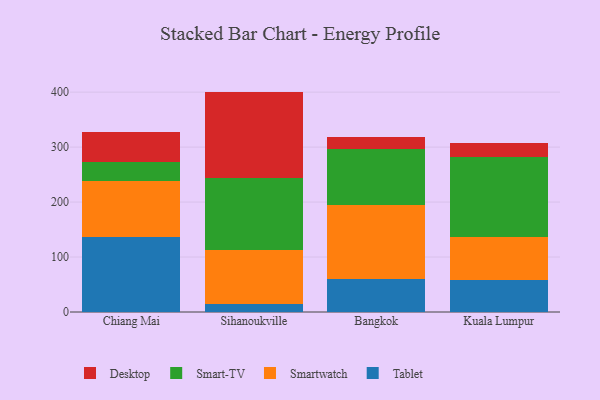
{"axis": {"x": "City", "y": "Customer Acquisition Cost (USD)"}, "legend": ["Desktop", "Smart-TV", "Smartwatch", "Tablet"], "data": [{"x": "Chiang Mai", "y": 137.1, "type": "Tablet"}, {"x": "Chiang Mai", "y": 101.7, "type": "Smartwatch"}, {"x": "Chiang Mai", "y": 33.7, "type": "Smart-TV"}, {"x": "Chiang Mai", "y": 55.7, "type": "Desktop"}, {"x": "Sihanoukville", "y": 14.9, "type": "Tablet"}, {"x": "Sihanoukville", "y": 97.3, "type": "Smartwatch"}, {"x": "Sihanoukville", "y": 132.3, "type": "Smart-TV"}, {"x": "Sihanoukville", "y": 156.5, "type": "Desktop"}, {"x": "Bangkok", "y": 60.7, "type": "Tablet"}, {"x": "Bangkok", "y": 134.4, "type": "Smartwatch"}, {"x": "Bangkok", "y": 100.8, "type": "Smart-TV"}, {"x": "Bangkok", "y": 22.9, "type": "Desktop"}, {"x": "Kuala Lumpur", "y": 58.4, "type": "Tablet"}, {"x": "Kuala Lumpur", "y": 77.7, "type": "Smartwatch"}, {"x": "Kuala Lumpur", "y": 145.4, "type": "Smart-TV"}, {"x": "Kuala Lumpur", "y": 26.9, "type": "Desktop"}]}